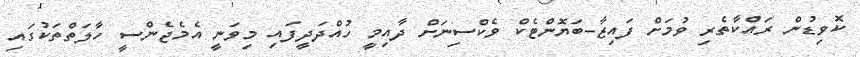
ކޮވިޑުން ރައްކާތެރި ވުމަށް ފައިޒާ-ބަޔޮންޓެކް ވެކްސިނަށް ދާއިމީ ހުއްދަދީފައި މިވަނީ އެމެޖެންސީ ހާލަތްތަކުގައި